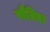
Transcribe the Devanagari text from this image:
पौत्रिया